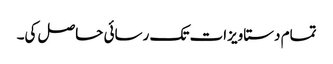
تمام دستاویزات تک رسائی حاصل کی۔